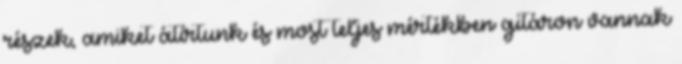
részek, amiket átírtunk és most teljes mértékben gitáron vannak